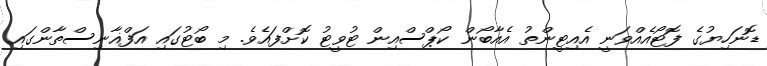
ޑޮނަހިޔުގެ ފޮޓޯއެއްވަނީ އެއިޓީންތު އެއާބޯން ކޯޕްސްއިން ޓުވީޓު ކޮށްފައެވެ. މި ބޯޓުގައި އަފްޣާނިސްތާންގައި